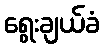
ရွေးချယ်ခံ